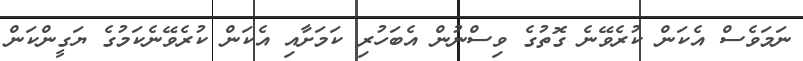
ނަމަވެސް އެކަން ކުރެވޭނެ ގޮތުގެ ވިސްނުން އެބަހުރި ކަމަށާއި އެކަން ކުރެވޭނެކަމުގެ ޔަގީންކަން